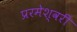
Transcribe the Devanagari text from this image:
प्ररमेश्वरी